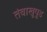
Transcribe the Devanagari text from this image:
तंबाखूपूड